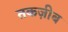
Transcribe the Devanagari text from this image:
तकज़ीब